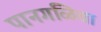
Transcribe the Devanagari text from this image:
पानगळिचा